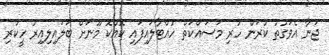
ޖަނާ އެވަގުތު ކުރަން ހުރި މަސައްކަތް ހުއްޓާލައިފައި ކޮއްކޮ މޫނަށް ބަލައިލިއިރު ހީކުރި